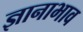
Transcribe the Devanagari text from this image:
ज्ञानाभाव